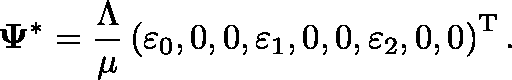
\mathbf { \Psi } ^ { * } = \frac { \Lambda } { \mu } \left( \varepsilon _ { 0 } , 0 , 0 , \varepsilon _ { 1 } , 0 , 0 , \varepsilon _ { 2 } , 0 , 0 \right) ^ { \mathrm { T } } .